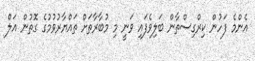
އެންމެ ފަހުން ކިރްގިސްތާން ބަލިވެފައި ވަނީ މި މުބާރާތަށް ތައްޔާރުވުމުގެ ގޮތުން އަލް